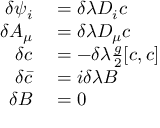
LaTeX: \begin{array} { r l } { \delta \psi _ { i } } & { { } = \delta \lambda D _ { i } c } \\ { \delta A _ { \mu } } & { { } = \delta \lambda D _ { \mu } c } \\ { \delta c } & { { } = - \delta \lambda { \frac { g } { 2 } } [ c , c ] } \\ { \delta { \bar { c } } } & { { } = i \delta \lambda B } \\ { \delta B } & { { } = 0 } \end{array}